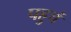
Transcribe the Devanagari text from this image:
पहुचं